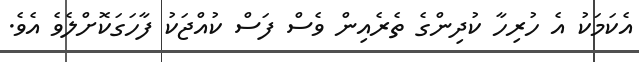
އެކަމަކު އެ ހުރިހާ ކުދިންގެ ތެރެއިން ވެސް ފަސް ކުއްޖަކު ފާހަގަކޮށްލެވެ އެވެ.